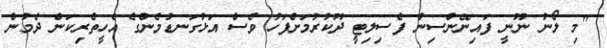
"މި ލޯނު ނޫނީ ފައިނޭންސިން ފެސިލިޓީ ދޫކުރުމަށްފަހު ވެސް އަޅުގަނޑުމެންގެ އެހީތެރިކަން ދެމުން